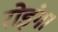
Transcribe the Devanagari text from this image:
रोइंग।